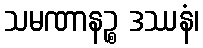
သမဏာနဉ္စ ဒဿနံ၊